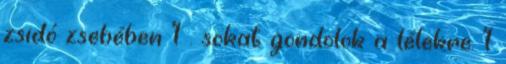
zsidó zsebében 1 . sokat gondolok a lélekre. 1